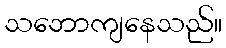
သဘောကျနေသည်။